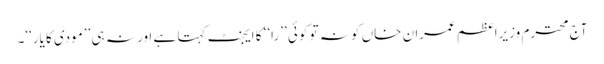
آج محترم وزیرِاعظم عمران خاں کو نہ تو کوئی ’’را‘‘ کا ایجنٹ کہتا ہے اور نہ ہی ’’مودی کا یار‘‘۔